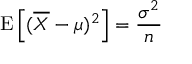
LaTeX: \operatorname { E } \left[ ( { \overline { { X } } } - \mu ) ^ { 2 } \right] = { \frac { \sigma ^ { 2 } } { n } }